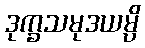
ဒုက္ခသမုဒယမ္ပိ